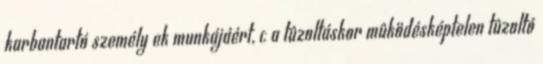
karbantartó személy ek munkájáért, c a tûzoltáskor mûködésképtelen tûzoltó